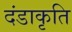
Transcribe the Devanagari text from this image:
दंडाकृति